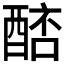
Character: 𨡥